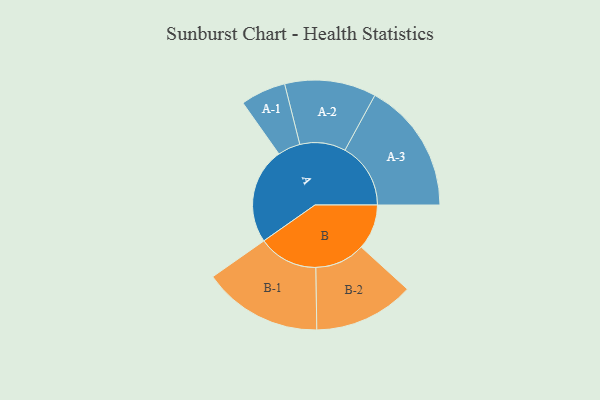
{"axis": {"x": "Segment", "y": "Value"}, "legend": ["", "A", "B"], "data": [{"x": "A", "y": 433, "type": ""}, {"x": "B", "y": 204, "type": ""}, {"x": "A-1", "y": 102, "type": "A"}, {"x": "A-2", "y": 206, "type": "A"}, {"x": "A-3", "y": 296, "type": "A"}, {"x": "B-1", "y": 269, "type": "B"}, {"x": "B-2", "y": 226, "type": "B"}]}